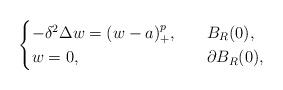
LaTeX: \begin{align*}\begin{cases}-\delta^2\Delta w=(w-a)^{p}_+,\ \ &\ B_R(0),\\w=0,\ \ &\ \partial B_R(0),\end{cases}\end{align*}